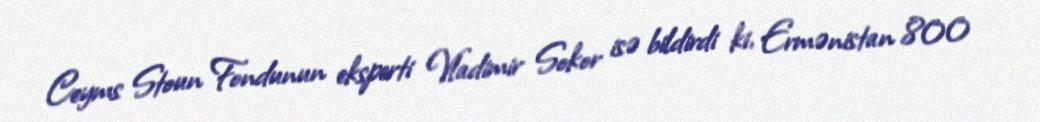
Ceyms Stoun Fondunun eksperti Vladimir Sokor isə bildirdi ki, Ermənistan 800